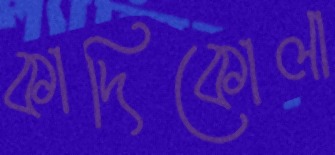
কাদিকোলা